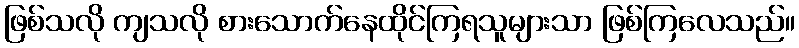
ဖြစ်သလို ကျသလို စားသောက်နေထိုင်ကြရသူများသာ ဖြစ်ကြလေသည်။